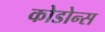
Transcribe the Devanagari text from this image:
कोडोन्स